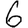
Digit: 6